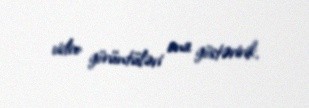
video görüntüləri ona göstəririk.